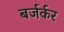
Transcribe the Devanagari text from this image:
बर्जर्कर